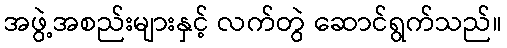
အဖွဲ့အစည်းများနှင့် လက်တွဲ ဆောင်ရွက်သည်။